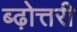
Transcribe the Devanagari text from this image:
ब्ढ़ोत्तरी